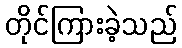
တိုင်ကြားခဲ့သည်